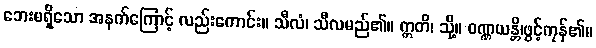
ဘေးမရှိသော အနက်ကြောင့် လည်းကောင်း။ သီလံ၊ သီလမည်၏။ ဣတိ၊ သို့။ ဝဏ္ဏယန္တိ၊ဖွင့်ကုန်၏။